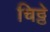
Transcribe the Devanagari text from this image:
चिठ्ठे